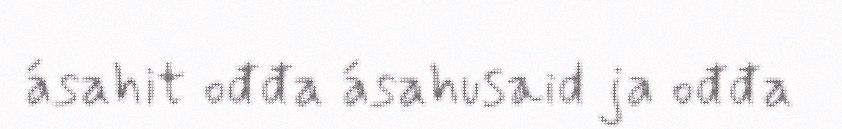
ásahit ođđa ásahusaid ja ođđa